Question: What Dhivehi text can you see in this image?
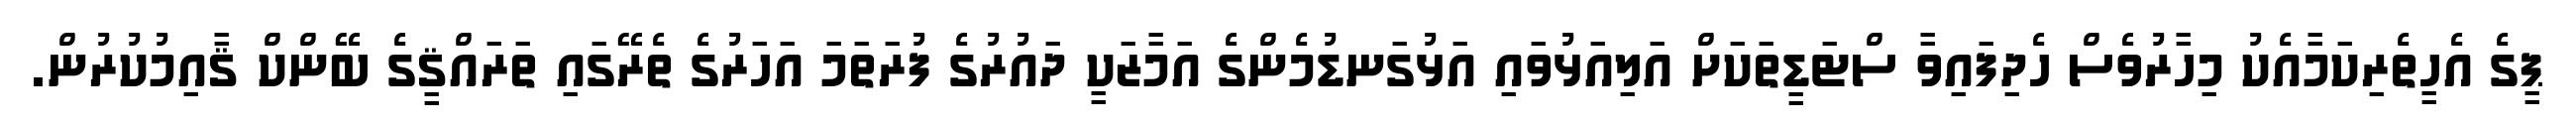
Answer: ޕީގެ އެހީތެރިކަމާއެކު މިހާރުވެސް ހެދިފައިވާ ސްޓަޑީތަކަށް އަލިއަޅުވައި އަޅުގަނޑުމެންގެ އަމާޒަކީ ދައުރުގެ ފުރަތަމަ އަހަރުގެ ތެރޭގައި ތަރައްޤީގެ ބޭންކް ޤާއިމުކުރުން.